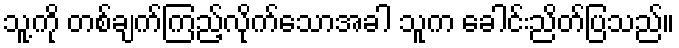
သူ့ကို တစ်ချက်ကြည့်လိုက်သောအခါ သူက ခေါင်းညိတ်ပြသည်။